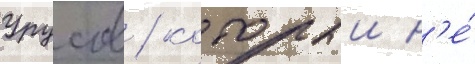
Урусов / которыи н'е́